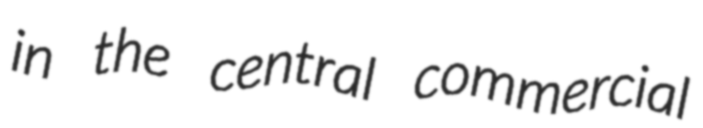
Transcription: in the central commercial